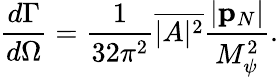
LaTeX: {\frac{d\Gamma}{d\Omega}}={\frac{1}{32\pi^{2}}}\overline{{{|A|^{2}}}}{\frac{|{\mathbf p_{N}}|}{M_{\psi}^{2}}}.